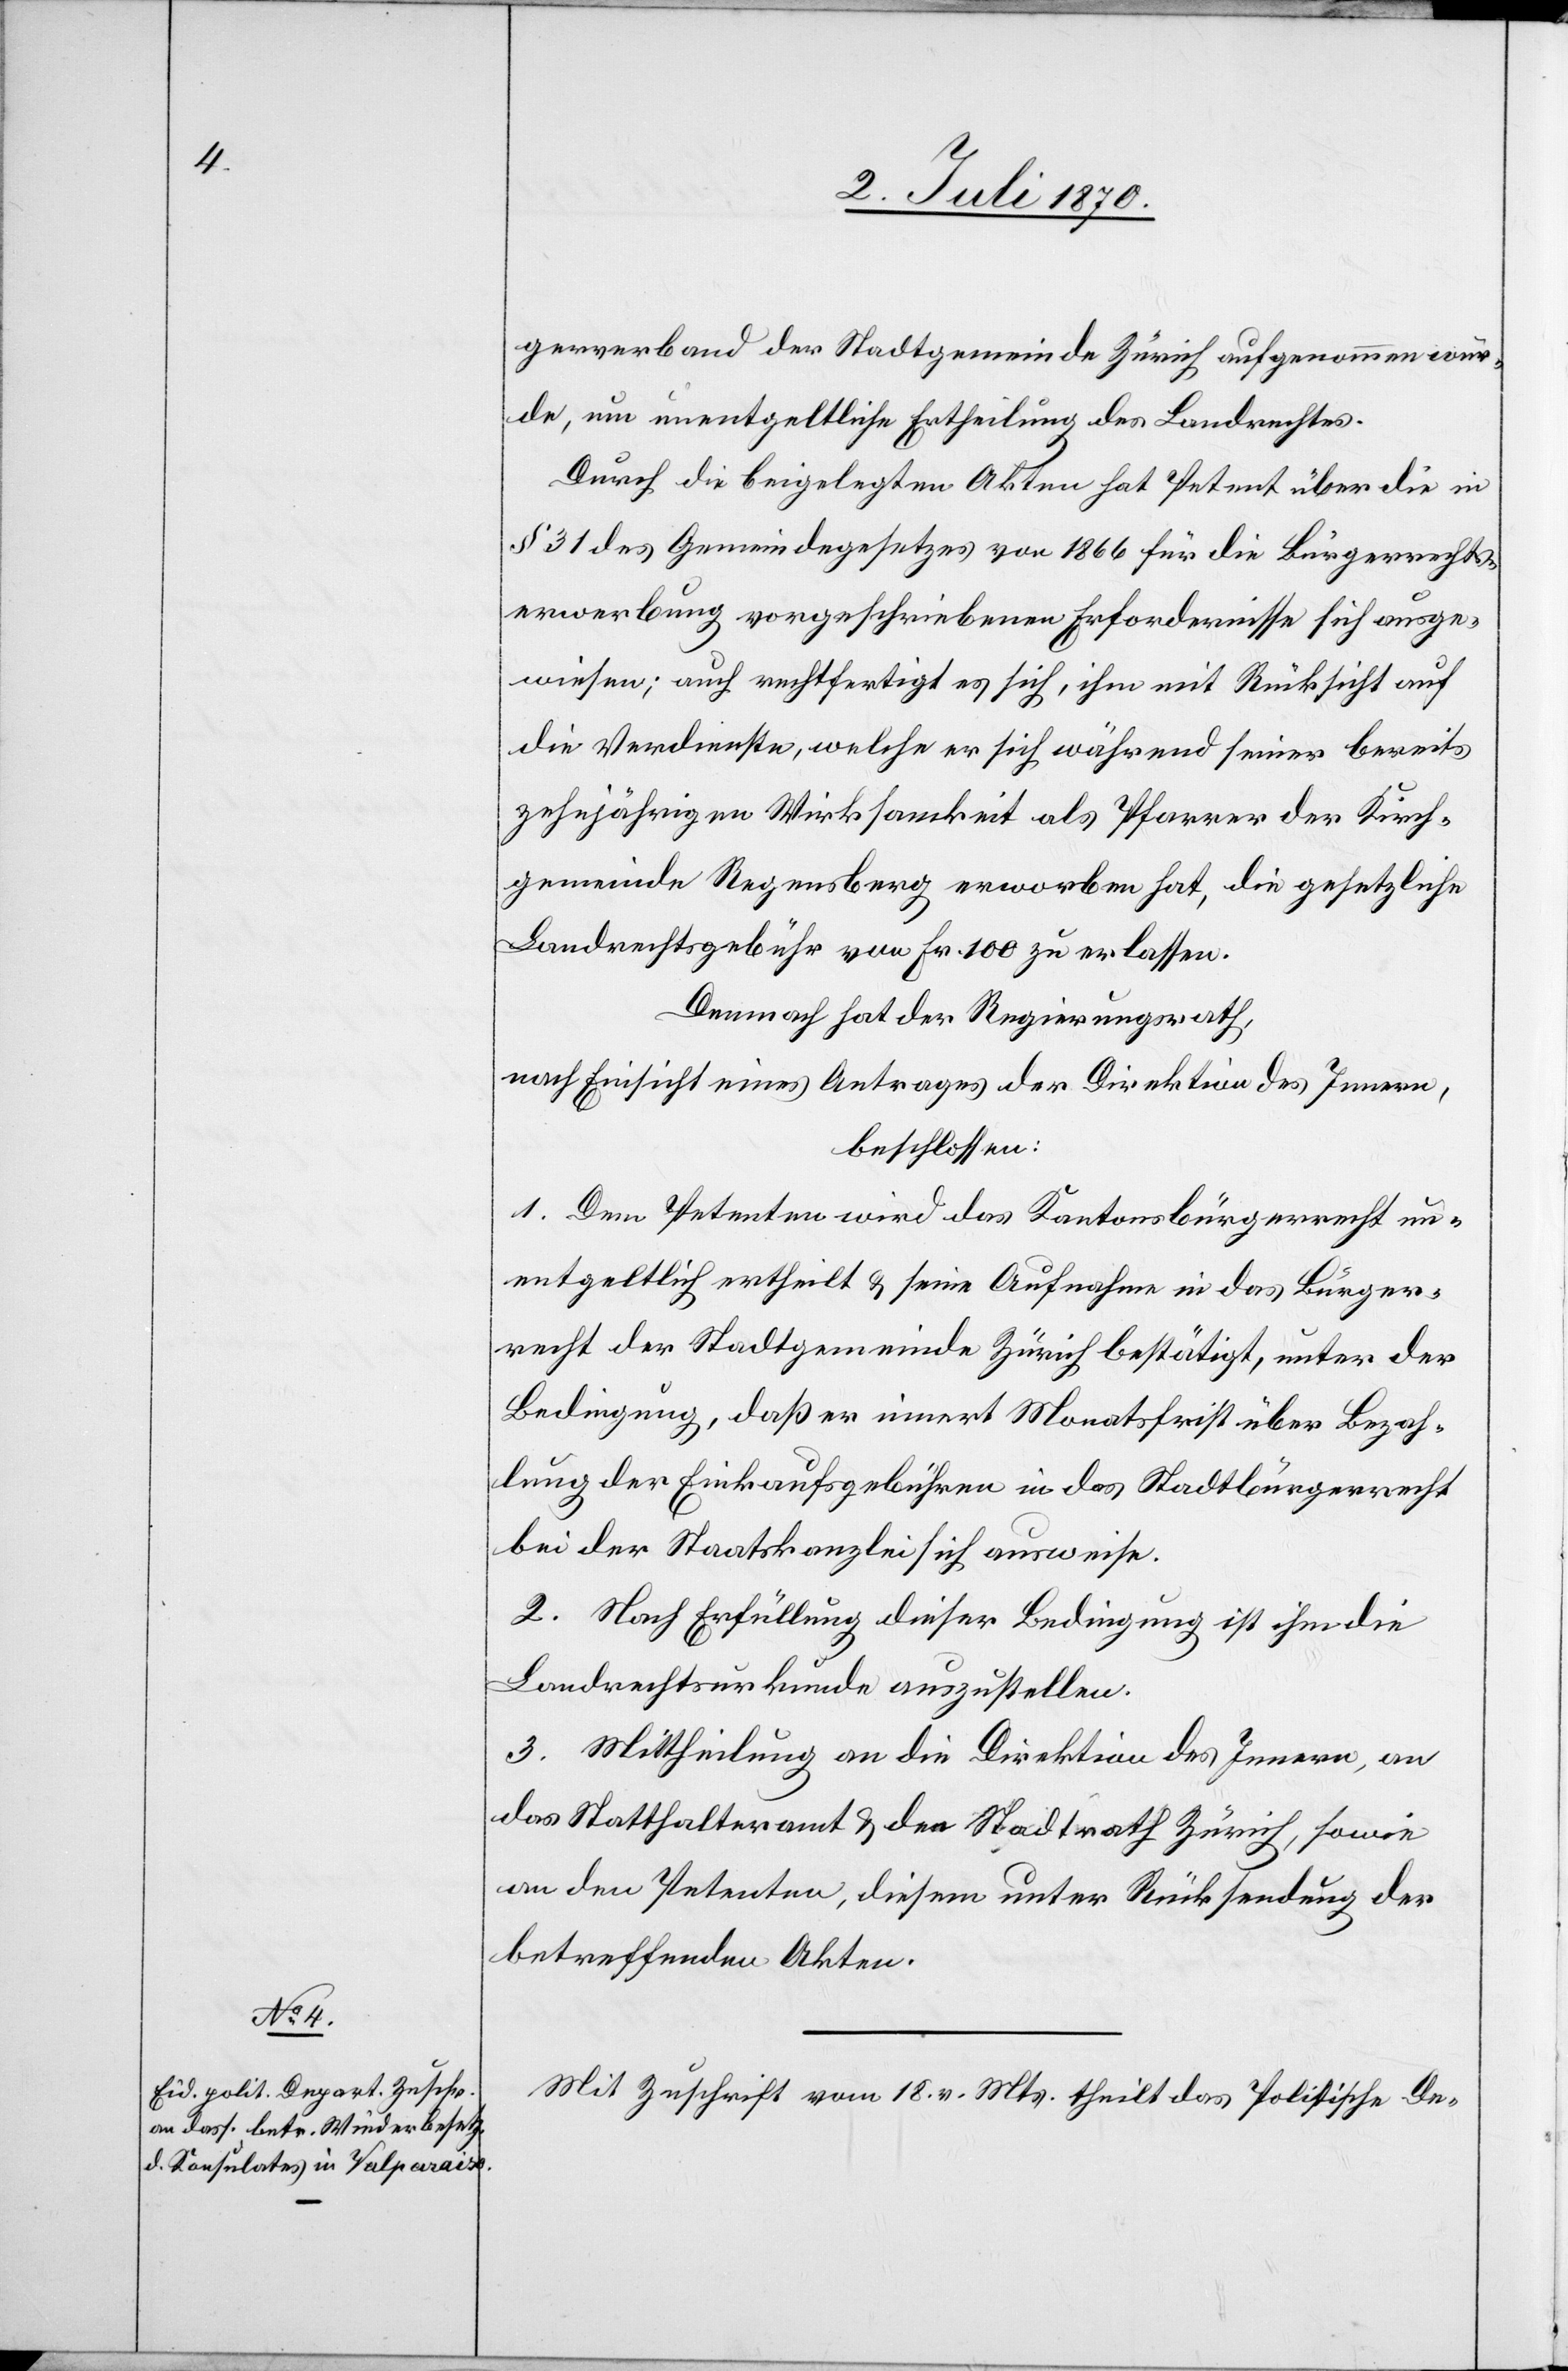
gerrechtsverband der Stadtgemeinde Zürich aufgenommen wur¬
de, um unentgeltliche Ertheilung des Landrechtes.
Durch die beigelegten Akten hat Petent über die in
§ 31 des Gemeindegesetzes von 1866 für die Bürgerrechts¬
erwerbung vorgeschriebenen Erfordernisse sich ausge¬
wiesen; auch rechtfertigt es sich, ihm mit Rücksicht auf
die Verdienste, welche er sich während seiner bereits
zehnjährigen Wirksamkeit als Pfarrer der Kirch¬
gemeinde Regensberg erworben hat, die gesetzliche
Landrechtsgebühr von Fr. 100 zu erlassen.
Demnach hat der Regierungsrath,
nach Einsicht eines Antrages der Direktion des Innern,
beschlossen:
1. Dem Petenten wird das Kantonsbürgerrecht un¬
entgeltlich ertheilt & seine Aufnahme in das Bürger¬
recht des Stadtgemeinde Zürich bestätigt, unter der
Bedingung, daß er innert Monatsfrist über Bezah¬
lung der Einkaufsgebühren in das Stadtbürgerrecht
bei der Staatskanzlei sich ausweise.
2. Nach Erfüllung dieser Bedingung ist ihm die
Landrechtsurkunde auszustellen.
3. Mittheilung an die Direktion des Innern, an
das Statthalteramt & den Stadtrath Zürich, sowie
an den Petenten, diesem unter Rücksendung der
betreffenden Akten.
Mit Zuschrift vom 18. v. Mts. theilt das Politische De-